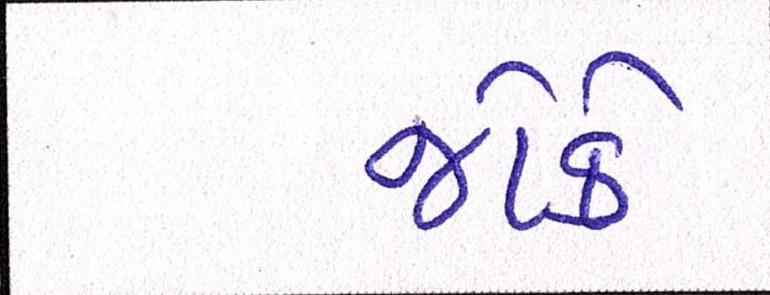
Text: જોકે